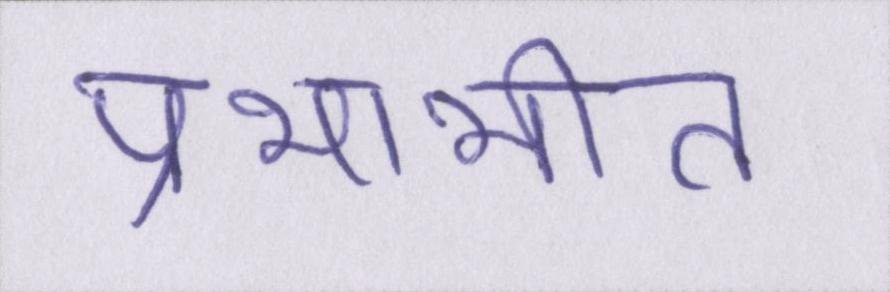
प्रभाभीत